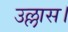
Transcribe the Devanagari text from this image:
उल्लास।